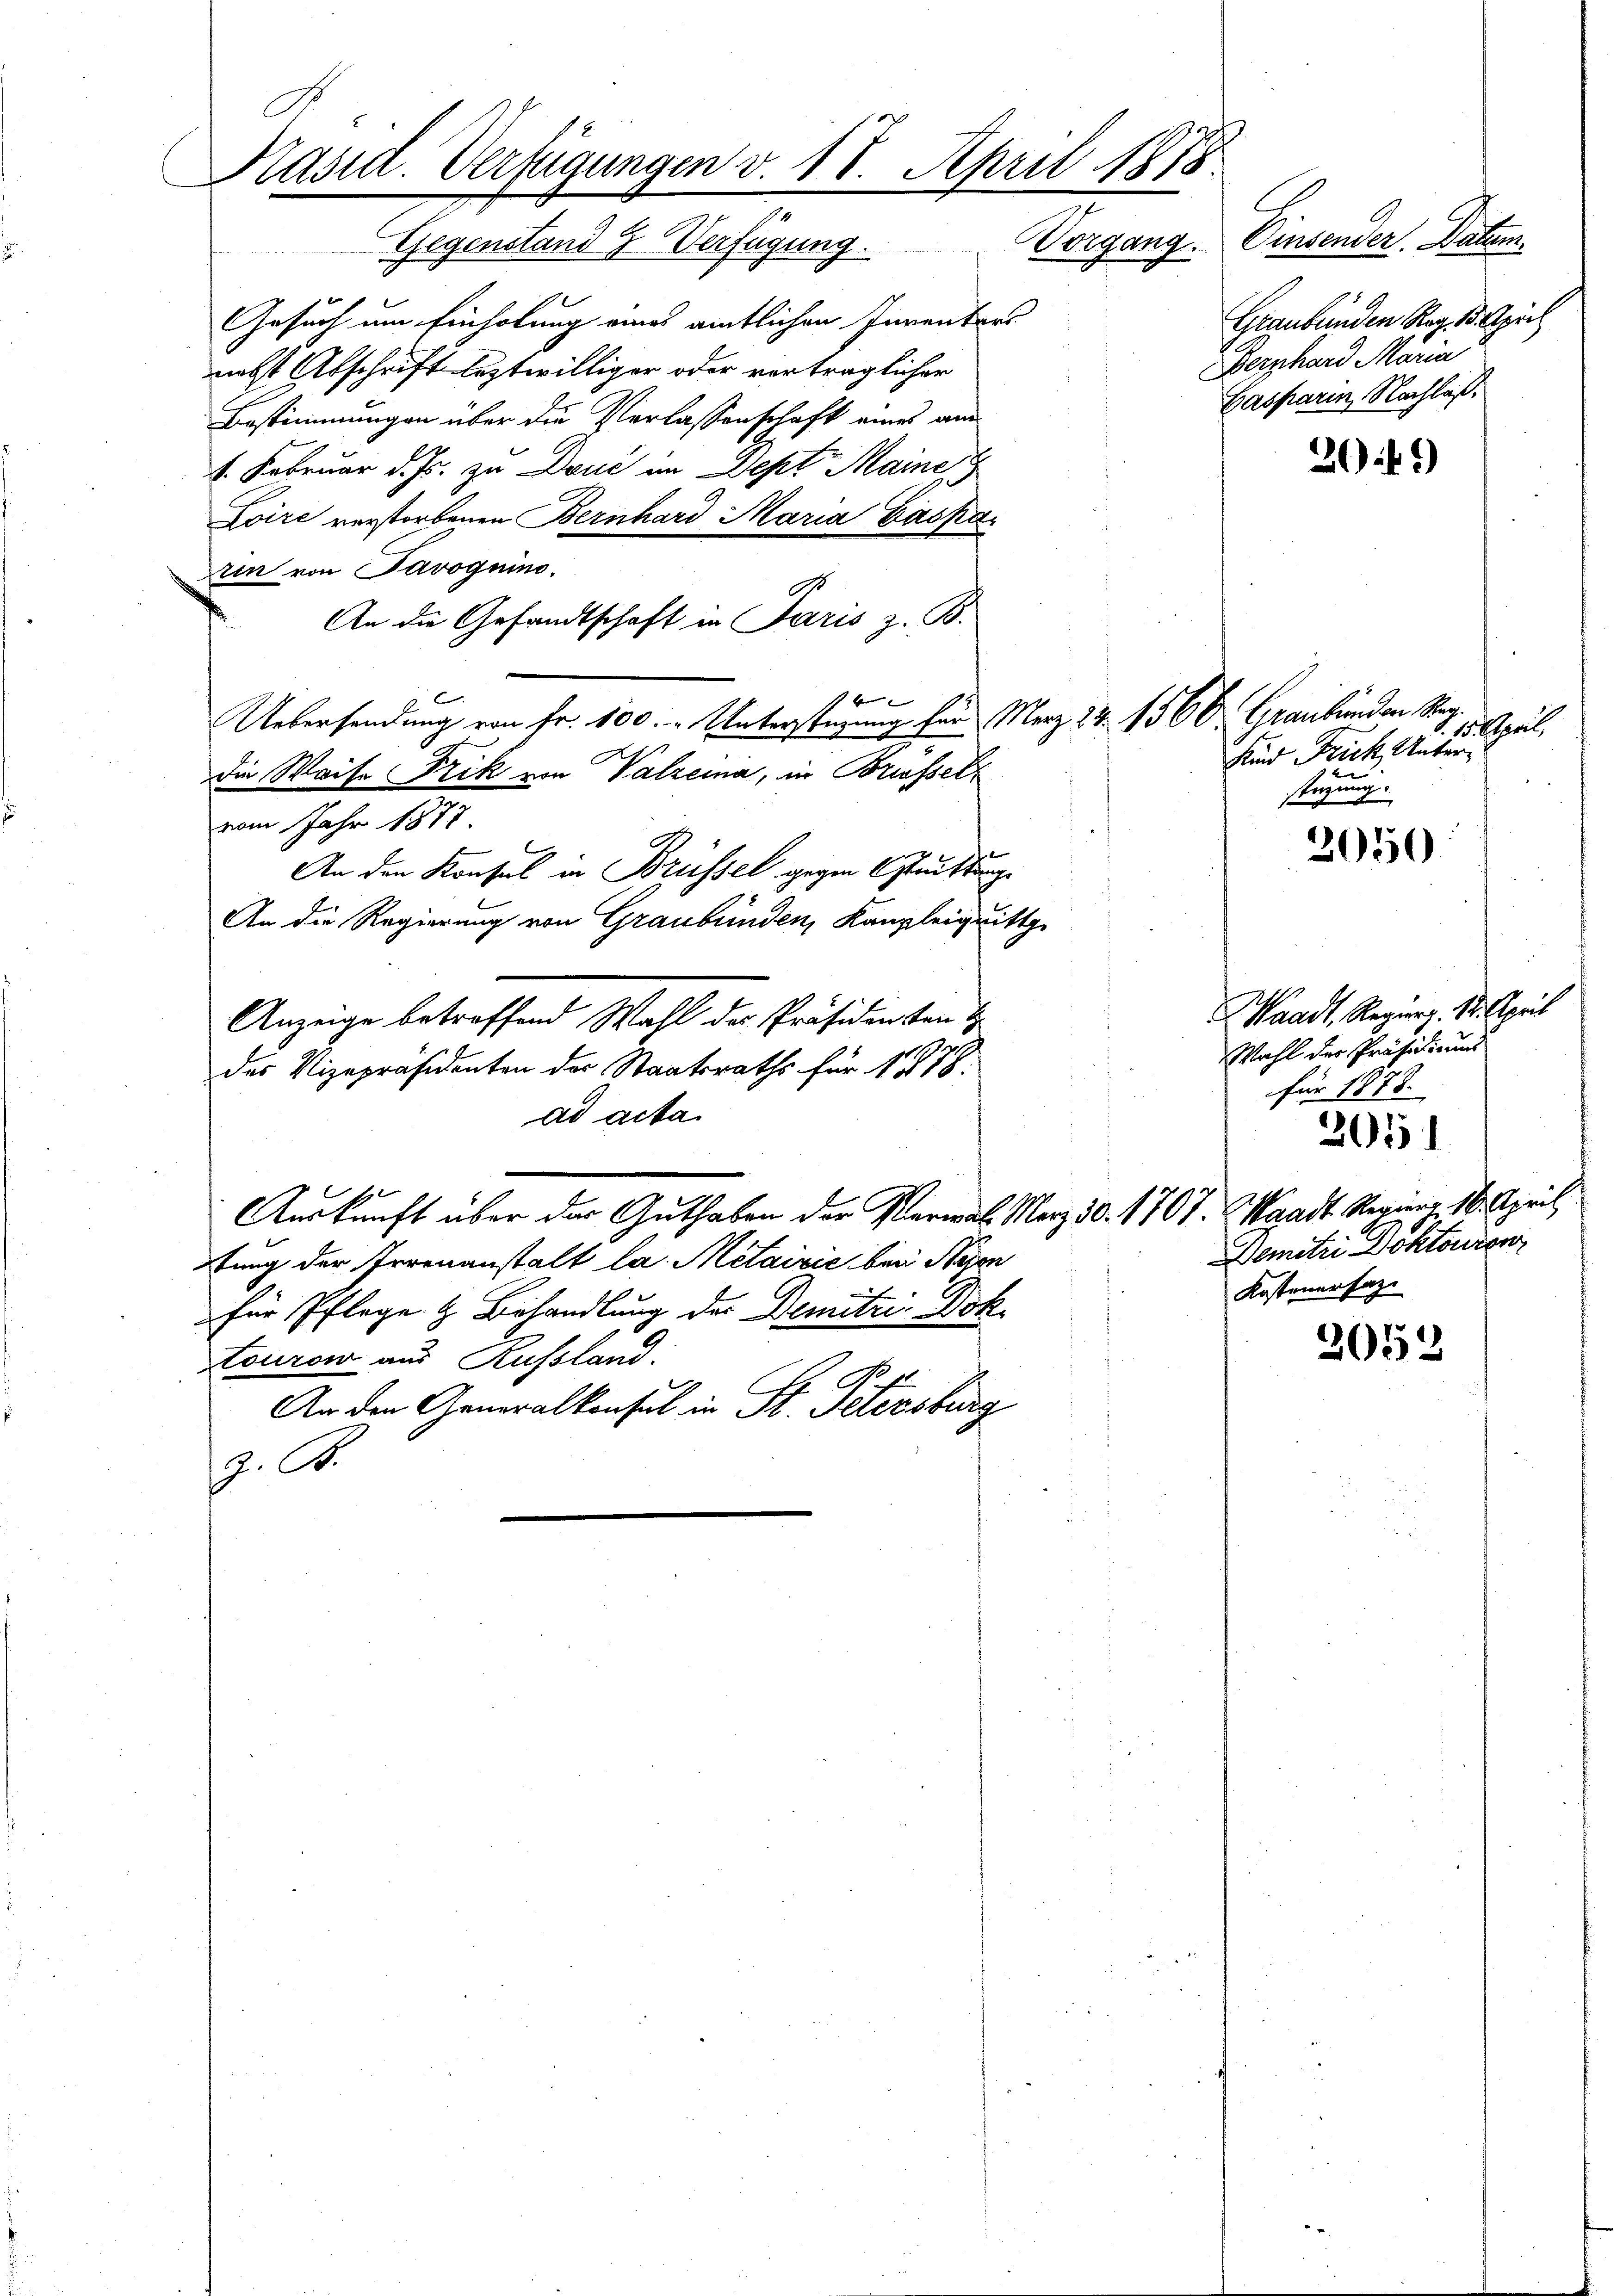
Päsid. Verfügungen v. 18. April 1878
Vorgang. Einsender Datum
Gegenstand z. Verfügung

Gesuch um Einholung eines amtlichen Inventars
nebst Abschrift leztwilliger oder vorträglicher
Bestimmungen über die Verlassenschaft eines am
4. Februar d. Js. zu Douć im Dept Maine
Loire verstorbenen Bernhard Maria Gaskar
Ein von Pavoguins.
.
An die Gesandtschaft in Paris z. B.
die Waise Frik von Valzeia, in Brisselvom Jahr 1873.
Anzeige betreffend Wahl der Präsidenten t
des Vizepräsidenten der Staatsraths für 1878.
ad acta.
Auskunft über der Guthaben der Marial. Merz 10. 1707. Waadt Regiers 18. April
tung der Irrenanstalt la Metairie bei Neuen
für Pflege & Behandlung der Demitzi Dok
tourow aus Russland.
e
Ech
An den Generalkonsul in St. Petersburg
9. A

x
Uebersendung von Fr. 100. - Unterstüzung für Merz 24. 1560 Graubünden Reg.
An den Konsul in Brüssel gegen Stuittung
An die Regierung von Graubünden, Kanzleiquittg

Graubünden Reg. B. sich
Bernhard Maria
Gasparin, Nachlaß.

30 f.)

1. April,
sund Frick, Unter¬
u
steigung.

2050

Waadt, Regierg. 18. April
Wahl der Präsidiums
für 1878.
Demetri Doktonien
Kostener sage

2051

2053